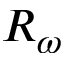
R _ { \omega }